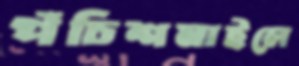
পঁচিশমাইলে